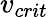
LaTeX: v_{crit}